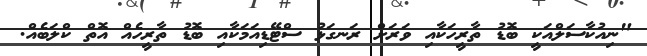
"ނިއުކާސަލްއަކީ ބޮޑު ތާރީހަކާއި ވަރަށް ރަނގަޅު ސްޓޭޑިއަމަކާއި ބޮޑު ތާރީހެއް އޮތް ކްލަބެއް.